King Institute of Preventive Medicine Micro-Biological Section reports 1912-19
Year: 1912
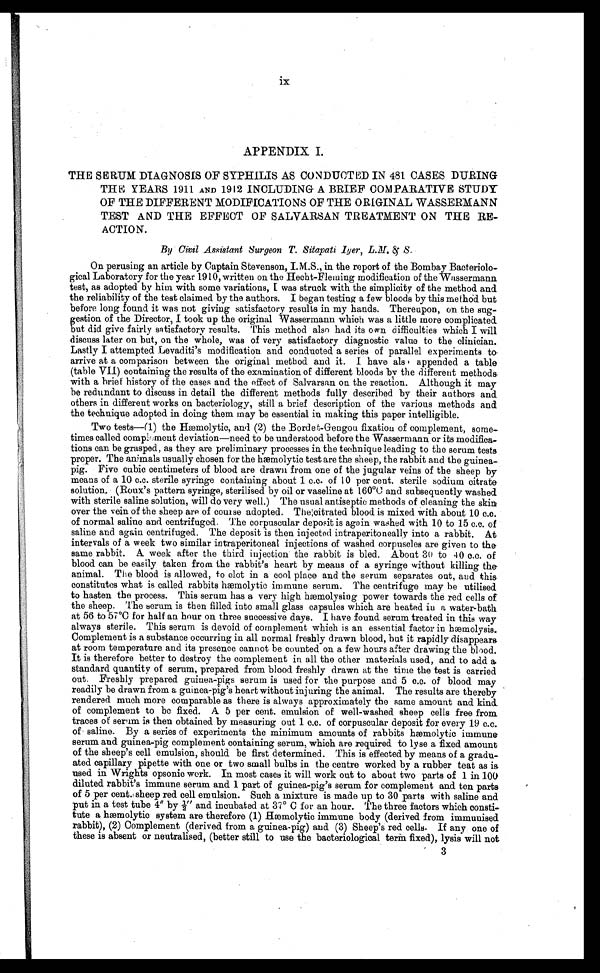
ix
APPENDIX. I.
THE SERUM DIAGNOSIS OF SYPHILIS AS CONDUCTED IN 481 CASES DURING
THE YEARS 1911 AND 1912 INCLUDING A BRIEF COMPARATIVE STUDY
OF THE DIFFERENT MODIFICATIONS OF THE ORIGINAL WASSERMANN
TEST AND THE EFFECT OF SALVARSAN TREATMENT ON THE RE-
ACTION.
By Civil Assistant Surgeon T. Sitapati Iyer, L.M. & S.
On perusing an article by Captain Stevenson, I.M.S., in the report of the Bombay Bacteriolo
gical Laboratory for the year 1910, written on the Hecht-Fleming modification of the Wassermann
test, as adopted by him with some variations, I was struck with the simplicity of the method and
the reliability of the test claimed by the authors. I began testing a few bloods by this method but
before long found it was not giving satisfactory results in my hands. Thereupon, on the sug-
gestion of the Director, I took up the original Wassermann which was a little more complicated
but did give fairly satisfactory results. This method also had its own difficulties which I will
discuss later on but, on the whole, was of very satisfactory diagnostic value to the clinician.
Lastly I attempted Levaditi's modi fication and conducted a series of parallel experiments to
arrive at a comparison between the original method and it. I have also appended a table
(table VII) containing the results of the examination of different bloods by the different methods
with a brief history of the cases and the effect of Salvarsan on the reaction. Although it may
be redundant to discuss in detail the different methods fully described by their authors and
others in different works on bacteriology, still a brief description of the various methods and
the technique adopted in doing them may be essential in making this paper intelligible.
Two tests—(1) the Hæmolytic, and (2) the Bordet-Gengou fixation of complement, some-
times called complement deviation—need to be understood before the Wassermann or its modifica-
tions can be grasped, as they are preliminary processes in the technique leading to the serum tests
proper. The animals usually chosen for the hæmolytic test are the sheep, the rabbit and the guinea-
pig. Five cubic centimeters of blood are drawn from one of the jugular veins of the sheep by
means of a 10 c.c. sterile syringe containing about 1 c.c. of 10 per cent. sterile sodium citrate
solution, (Roux's pattern syringe, sterilised by oil or vaseline at 160°C and subsequently washed
with sterile saline solution, will do very well.) The usual antiseptic methods of cleaning the skin
over the vein of the sheep are of course adopted. The citrated blood is mixed with about 10 c.c.
of normal saline and centrifuged. The corpuscular deposit is again washed with 10 to 15 c.c. of
saline and again centrifuged. The deposit is then injected intraperitoneally into a rabbit. At
intervals of a week two similar intraperitoneally injections of washed corpuscles are given to the
same rabbit. A week after the third injection the rabbit is bled. About 30 to 40 c.c. of
blood can be easily taken from the rabbit's heart by means of a syringe without killing the
animal. The blood is allowed, to clot in a cool place and the serum separates out, and this
constitutes what is called rabbits hæmolytic immune serum. The centrifuge may be utilised
to hasten the process. This serum has a very high hæmolysing power towards the red cells of
the sheep. The serum is then filled into small glass capsules which are heated in a water-bath
at 56 to 57°C for half an hour on three successive days. I have found serum treated in this way
always sterile. This serum is devoid of complement which is an essential factor in hæmolysis.
Complement is a substance occurring in all normal freshly drawn blood, but it rapidly disappears
at room temperature and its presence cannot be counted on a few hours after drawing the blood.
It is therefore better to destroy the complement in all the other materials used, and to add a
standard quantity of serum, prepared from blood freshly drawn at the time the test is carried
out. Freshly prepared guinea-pigs serum is used for the purpose and 5 c.c. of blood may
readily be drawn from a guinea-pig's heart without injuring the animal. The results are thereby
rendered much more comparable as there is always approximately the same amount and kind.
of complement to be fixed. A 5 per cent. emulsion of well-washed sheep cells free from
t r a c e s o f s e r u m i s t h e n o b t a i n e d b y me a s u r i n g o u t 1 c . c . o f c o r p u s c u l a r d e p o s i t f o r e v e r y 1 9 c . c .
of saline. By a series of experiments the minimum amounts of rabbits hæmolytic immune
serum and guinea-pig complement containing serum, which are required to lyse a fixed amount
of the sheep's cell emulsion, should be first determined. This is effected by means of a gradu-
ated capillary pipette with one or two small bulbs in the centre worked by a rubber teat as is
used in Wrights opsonic work. In most cases it will work out to about two parts of 1 in 100
diluted rabbit's immune serum and 1 part of guinea-pig's serum for complement and ten parts
of 5 per cent. sheep red cell emulsion. Such a mixture is made up to 30 parts with saline and
put in a test tube 4″ by ½″ and incubated at 37° C for an hour. The three factors which consti-
tute a hæmolytic system are therefore (1) Hæmolytic immune body (derived from immunised
rabbit), (2) Complement (derived from a guinea-pig) and (3) Sheep's red cells. If any one of
these is absent or neutralised, (better still to use the bacteriological term fixed), lysis will not
3